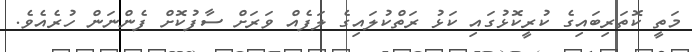
މަތީ ކޮތަރިބައިގެ ކުރީކޮޅުގައި ކަޅު ރަތްކުލައިގެ ލަފެއް ވަރަށް ސާފުކޮށް ފެންނަން ހުރެއެވެ.